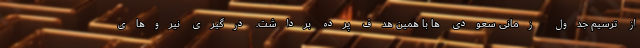
از ترسیم جدول زمانی سعودی ها با همین هدف پرده برداشت. درگیری نیروهای